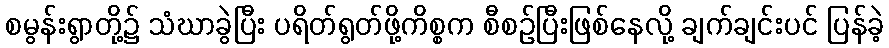
စမွန်းရွာတို့၌ သံဃာခွဲပြီး ပရိတ်ရွတ်ဖို့ကိစ္စက စီစဉ်ပြီးဖြစ်နေလို့ ချက်ချင်းပင် ပြန်ခဲ့